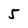
Character: 5